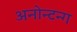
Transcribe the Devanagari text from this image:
अनोन्टन्ग